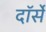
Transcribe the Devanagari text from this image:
दॉर्से